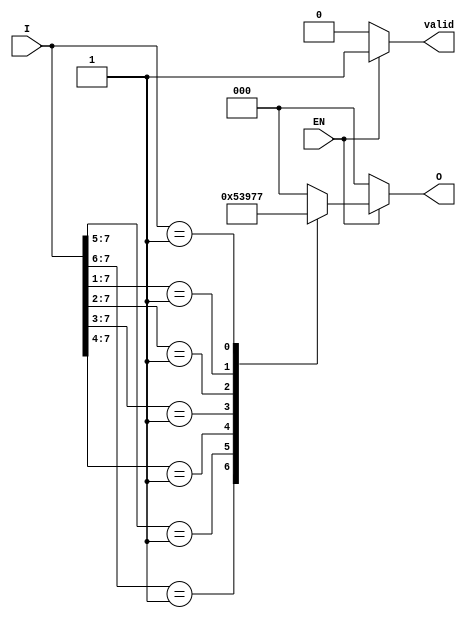
module priority_encoder (
    input wire [7:0] I,  // 8 input lines
    input wire EN,       // Enable signal
    output reg [2:0] O,  // 3 output lines
    output reg valid      // Indicates if the output is valid
);

always @(*) begin
    if (!EN) begin
        O = 3'b000;  // If EN is low, set output to 0
        valid = 1'b0; // Output is not valid
    end else begin
        valid = 1'b1; // Output is valid
        casez (I)  // Use casez to handle don't care conditions
            8'b1??????? : O = 3'b000; // I0 active
            8'b01?????? : O = 3'b001; // I1 active
            8'b001????? : O = 3'b010; // I2 active
            8'b0001???? : O = 3'b011; // I3 active
            8'b00001??? : O = 3'b100; // I4 active
            8'b000001?? : O = 3'b101; // I5 active
            8'b0000001? : O = 3'b110; // I6 active
            8'b00000001 : O = 3'b111; // I7 active
            default: O = 3'b000; // Default case (no input active)
        endcase
    end
end

endmodule